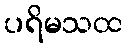
ပရိမသထ